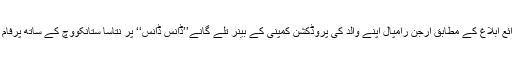
بھارتی ذرائع ابلاغ کے مطابق ارجن رامپال اپنے والد کی پروڈکشن کمپنی کے بینر تلے گانے’’ڈانس ڈانس‘‘ پر نتاسا ستانکووچ کے ساتھ پرفام کریں گے۔